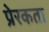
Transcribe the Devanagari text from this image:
प्रेरकता